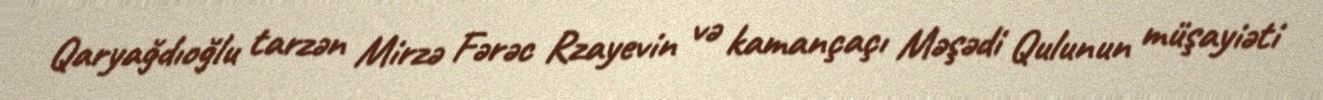
Qaryağdıoğlu tarzən Mirzə Fərəc Rzayevin və kamançaçı Məşədi Qulunun müşayiəti